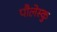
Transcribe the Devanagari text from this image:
पौलेस्कु